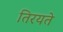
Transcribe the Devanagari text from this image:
तिरयते